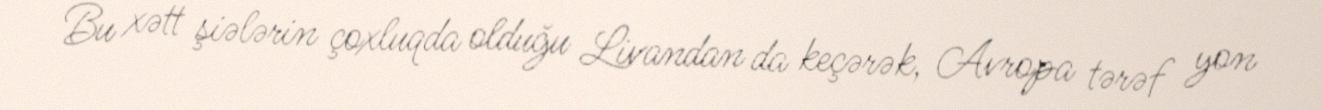
Bu xətt şiələrin çoxluqda olduğu Livandan da keçərək, Avropa tərəf yon